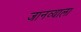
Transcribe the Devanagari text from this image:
जानव्याला